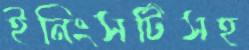
ইনিংসটিসহ